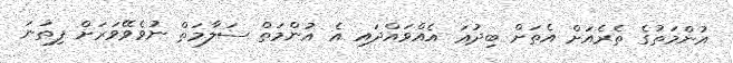
އުންމަތުގެ ތެރެއަށް އެތަށް ބިދުޢަ އެއްވައްދައި އެ އުންމަތް ސަލާމަތް ނުވެވޭވަރަށް ފިތުނަ